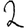
Digit: 2